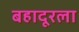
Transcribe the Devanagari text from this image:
बहादूरला